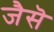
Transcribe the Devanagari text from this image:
जैसॆ